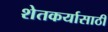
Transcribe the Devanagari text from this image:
शेतकर्यासाठी